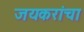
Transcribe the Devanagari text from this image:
जयकरांचा